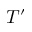
T ^ { \prime }